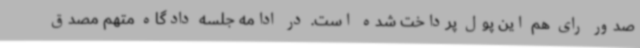
صدور رای هم این پول پرداخت شده است. در ادامه جلسه دادگاه متهم مصدق